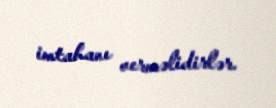
imtahanı verməlidirlər.